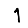
Digit: 1